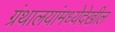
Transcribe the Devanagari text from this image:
ग्रंथालयांमध्येदेखील